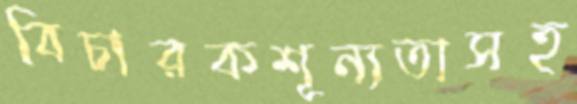
বিচারকশূন্যতাসহ